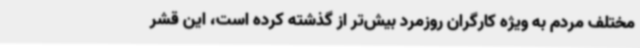
مختلف مردم به ویژه کارگران روزمرد بیش‌تر از گذشته کرده است، این قشر